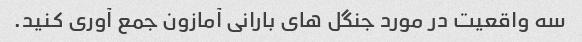
سه واقعیت در مورد جنگل های بارانی آمازون جمع آوری کنید.